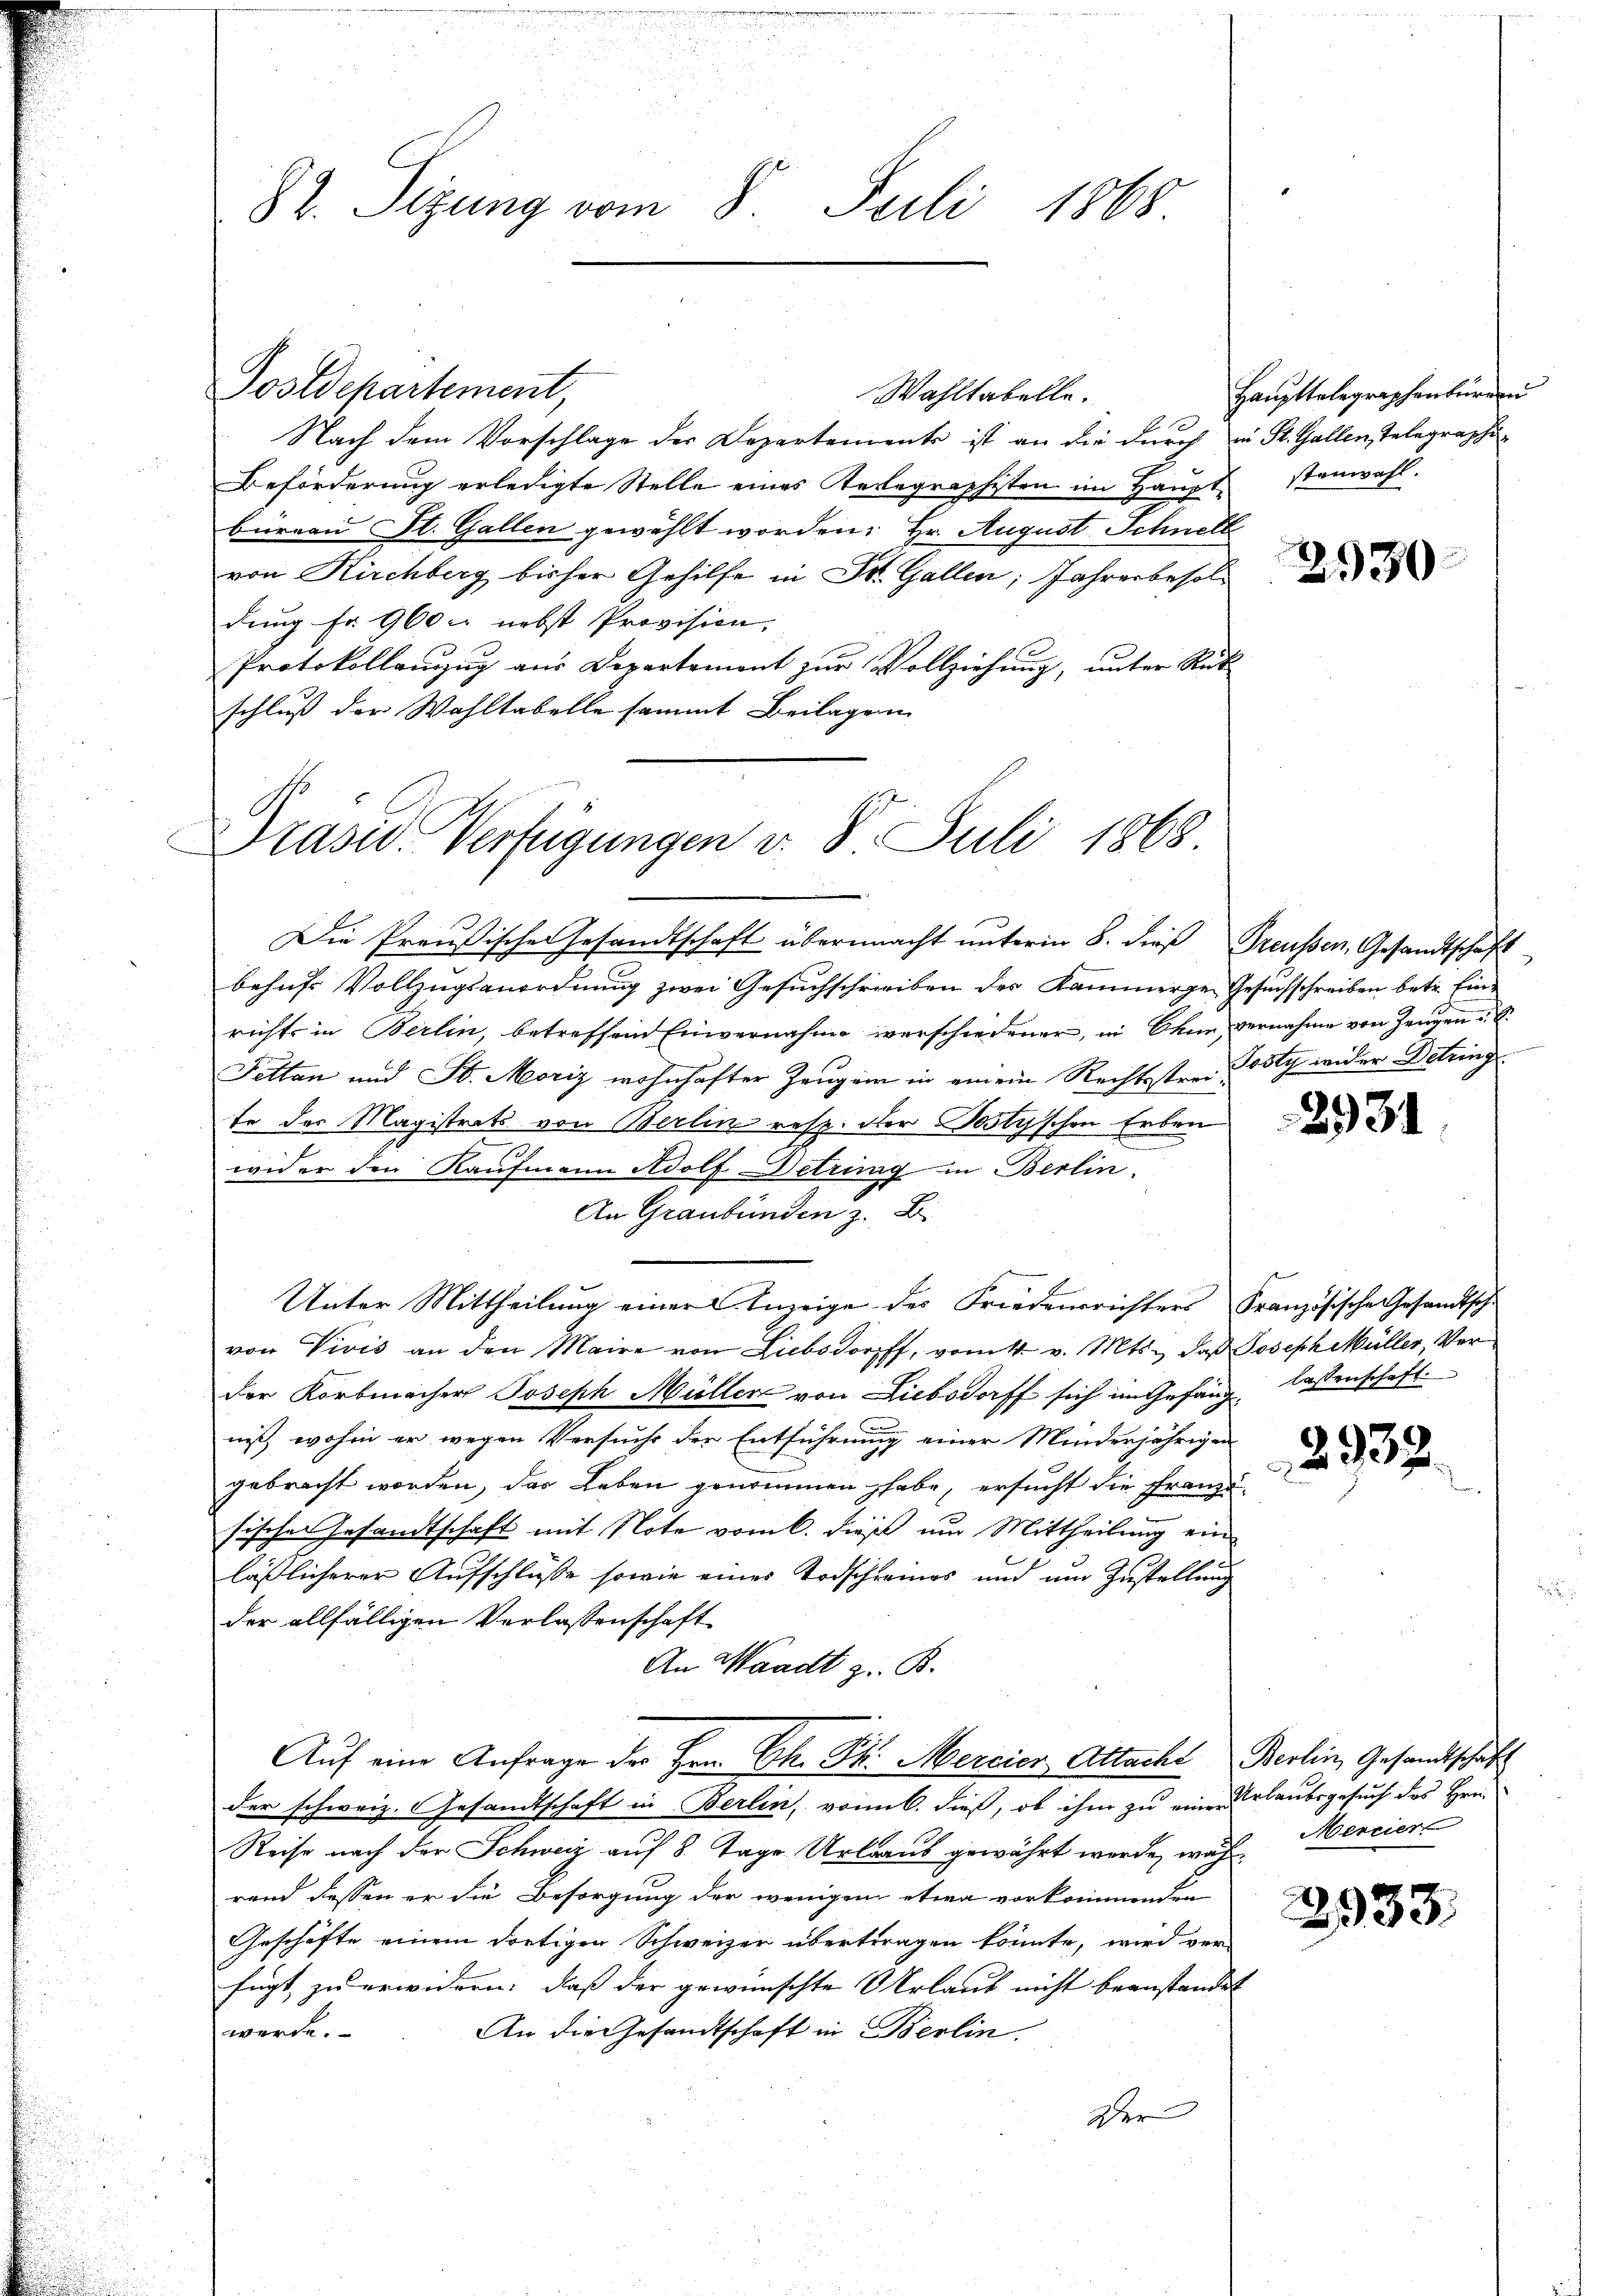
82. Sizung vom 8. Juli 1868.

Wahltabelle.
b
Nach dem Vorschlage der Departemente ist an die durch in St. Gallen, Telegraphi¬
Beförderung erledigte Stelle eines Telegraphisten im Haupt stenwahl.
büreau St. Gallen gewählt worden: Hr. August Schnell
von Kirchberg bisher Gehilfe in St. Gallen; Jahresbesoldung fr. 900 M nebst Provision,
Protokollanzug aus Departemont zur Vollziehung, unter Rück
schluß der Wahltabelle sammt Beilagen

Postdepartement,

Drasw. Verfügungen v. 8. Juli 1868

Die Preußischen Gesandtschaft übermacht unterm 8. dieß Preußen, Gesandtschaft
behufs Vollzugsanordnung zwei Gesuchschreiben der Kammerge Gesuchschreiben betr. Einrichts in Berlin, betreffend Einvernahme verschiedener, in Ohne vernahme von Zeugen S.
Fettan und St. Moriz wohnhafter Zeugen in einem Rechtsstrer Posty wider Detring
te der Magistrats von Berlin resp. der Postyschen Erben
wider den Kaufmann Adolf Detring in Berlin.
An Graubünden z. B.
Unter Mittheilung einer Innige des Friedensrichters Französische Gesandtsche
von Vivis an den Maire von Liebsdorff, vom 4. v. Mts., daß Joseph Müller, Verder Korbmacher Joseph Müller von Liebsdorff sich im Gefang lassenschaft
niß, wohin er wegen Versuchs der Entführung einer Minderjährigen
gebracht worden, das Leben genommen habe, ersucht die Franzö-
sische Gesandtschaft mit Note vom 6. dieß um Mittheilung einlässlicherer Aufschlüße sowie eines Todschreines und um Zustellung
der allfälligen Verlassenschaft
An Waadt z. B.
Aŭf eine Anfrage der Hrn. Ch. St. Mercios Attacht Berlin, Gesandtschaft
der schweiz. Gesandtschaft in Berlin, vom 6. dieß, ob ihm zu einen Urlaubsgesuch des Hrn.
Reise nach der Schweiz auf 8. Tage Urlaub gewährt werde, während dessen er die Besorgung der wenigen etwa vorkommenden
Geschäfte einem dortigen Schweizer übertragen könnte, wird ver-
fügt, zu erwidern: daß der gewünschte Urlaub nicht beanstandet |
An die Gesandtschaft in Berlin.
werde.
Der

Haupttelegraphenburg

2930

2931

2932.

2933.

Mercier